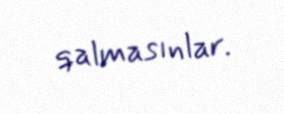
qalmasınlar.